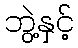
ဘွဲ့နှင့်